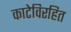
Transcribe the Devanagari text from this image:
काटेविरहित